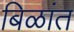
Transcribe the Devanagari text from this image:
बिळांत